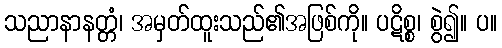
သညာနာနတ္တံ၊ အမှတ်ထူးသည်၏အဖြစ်ကို။ ပဋိစ္စ၊ စွဲ၍။ ပ။